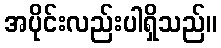
အပိုင်းလည်းပါရှိသည်။